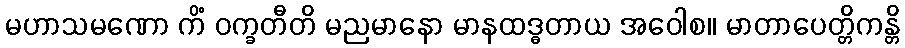
မဟာသမဏော ကိံ ဝက္ခတီတိ မညမာနော မာနထဒ္ဓတာယ အဝေါစ။ မာတာပေတ္တိကန္တိ